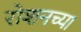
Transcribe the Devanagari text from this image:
रोशनच्या